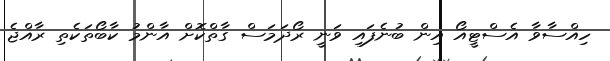
ހިއްސާވާ އެސްޓީއޯ އިން ބުނެފައި ވަނީ ރޯދަމަސް ގާތްކޮށް އާންމު ކާބޯތަކެތި ރާއްޖެ